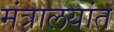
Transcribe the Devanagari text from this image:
मंत्रालयांत